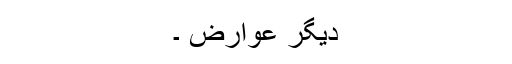
دیگر عوارض ۔